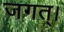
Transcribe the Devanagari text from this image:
जगत्।